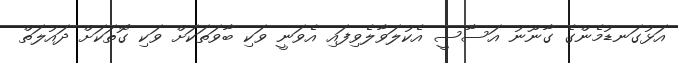
އަޅުގަނޑުމެންގެ ގާނޫނު އަސާސީ އެކުލަވާލެވިފައި އެވަނީ ވަކި ބާވަތަކަށް ވަކި ގޮތަކަށް ދައުލަތް